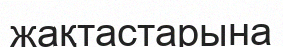
жақтастарына